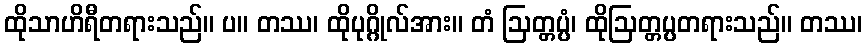
ထိုသာဟိရီတရားသည်။ ပ။ တဿ၊ ထိုပုဂ္ဂိုလ်အား။ တံ ဩတ္တပ္ပံ၊ ထိုဩတ္တပ္ပတရားသည်။ တဿ၊